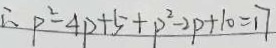
\therefore P ^ { 2 } - 4 p + 5 + p ^ { 2 } - 2 p + 1 0 = 1 7